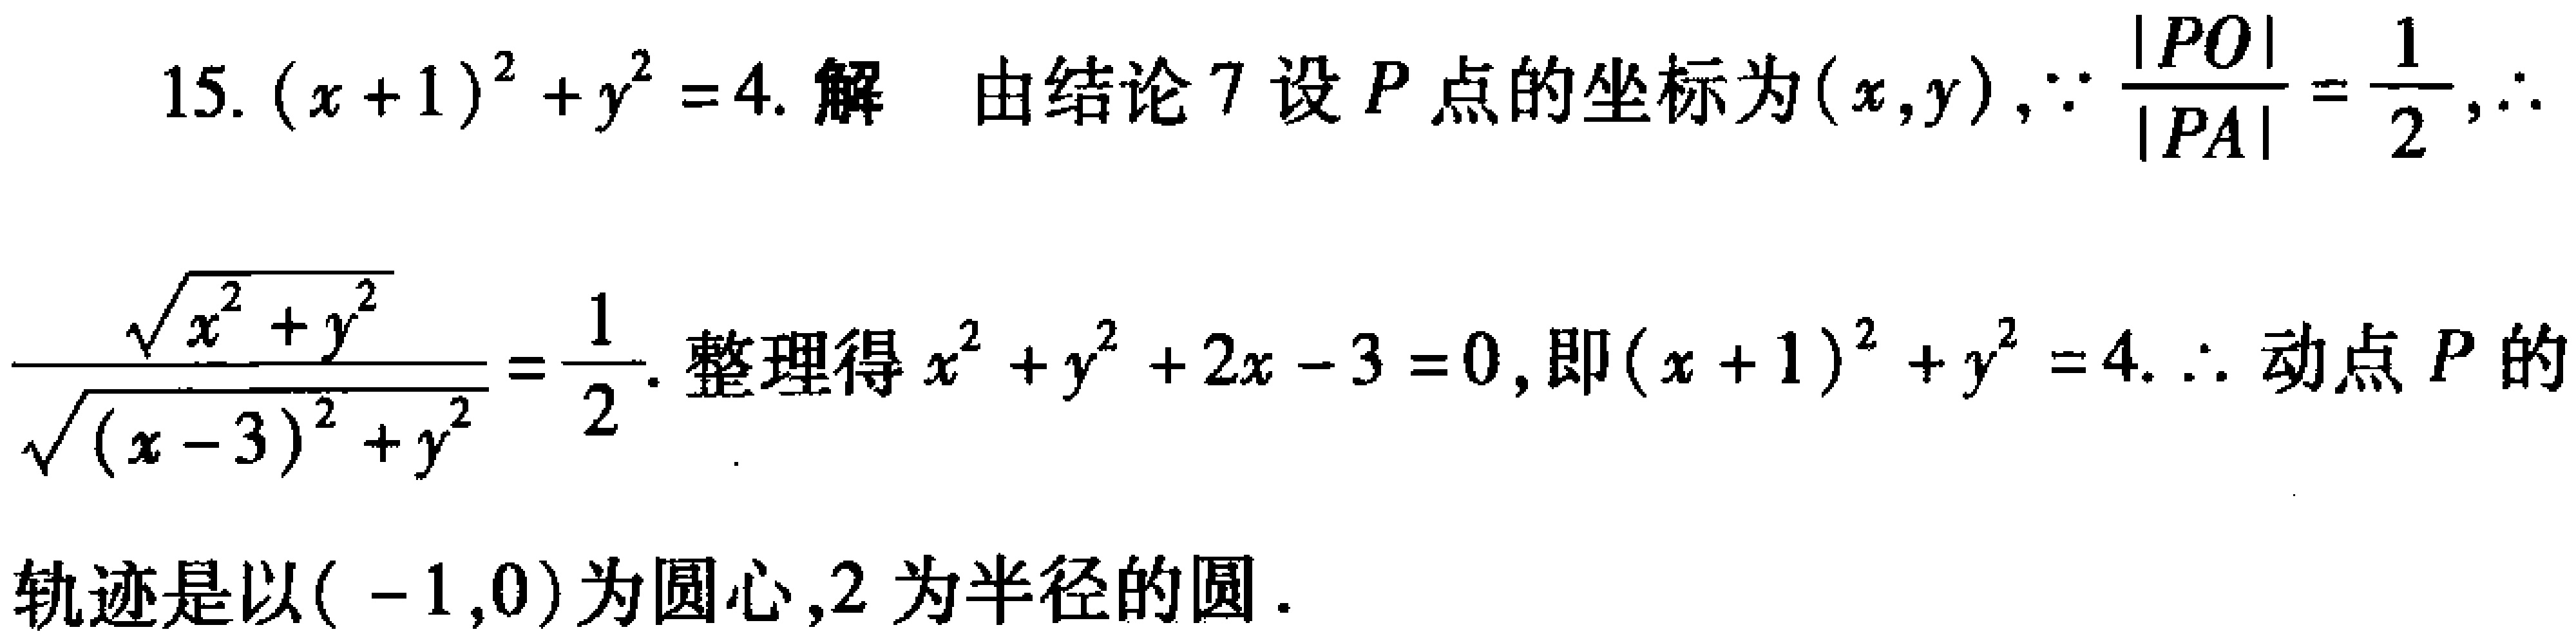
15. \((x + 1)^2 + y^2 = 4\). 解 由结论 7 设 \(P\) 点的坐标为 \((x,y)\), \(\because\frac{|PO|}{|PA|}=\frac{1}{2}\), \(\therefore\) \(\frac{\sqrt{x^{2}+y^{2}}}{\sqrt{(x - 3)^2 + y^{2}}}=\frac{1}{2}\). 整理得 \(x^{2}+y^{2}+2x - 3 = 0\), 即 \((x + 1)^2 + y^2 = 4\). \(\therefore\) 动点 \(P\) 的轨迹是以 \(( - 1,0)\) 为圆心, \(2\) 为半径的圆.